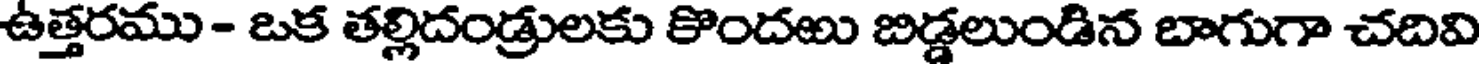
ఉత్తరము - ఒక తల్లిదండ్రులకు కొందఱు బిడ్డలుండిన బాగుగా చదివి